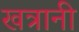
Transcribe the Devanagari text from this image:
खत्रानी